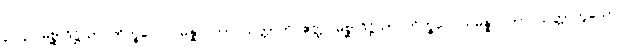
၃၀၄။ မိစ္ဆာဒိဋ္ဌိယာ ဘိက္ခဝေ သမန္နာဂတာ သတ္တာတိ ဧတ္ထ၊ မိစ္ဆာဒိဋ္ဌိယာ ဘိက္ခဝေ သမန္နာဂတာ သတ္တာဟူသော